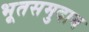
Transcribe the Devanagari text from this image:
भूतसमुदाय